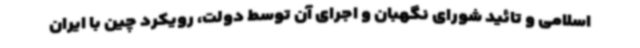
اسلامی و تائید شورای نگهبان و اجرای آن توسط دولت، رویکرد چین با ایران